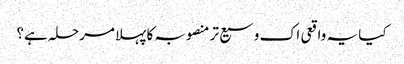
کیا یہ واقعی اک وسیع تر منصوبہ کا پہلا مرحلہ ہے؟